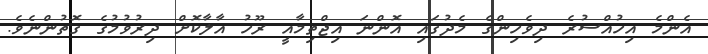
އެންމެ އިހުއްސުރެ ދިވެހިންގެ މެދުގައި އޮންނަ އިޖްތިމާއީ ރޫހު އާލާކޮށް ދިރުވުމުގެ ގޮތުންނެވެ.